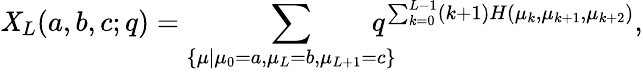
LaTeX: \mathit{X}_{L}(a,b,c;q)=\displaystyle\sum_{\begin{array}{c}{{\{ \scriptstyle\mu|{\mu_{0}=a,\mu_{L}=b,\mu_{L+1}=c}\} }}\end{array}}\! \! \! \! \! \! q^{\sum_{k=0}^{L-1}(k+1)H(\mu_{k},\mu_{k+1},\mu_{k+2})},